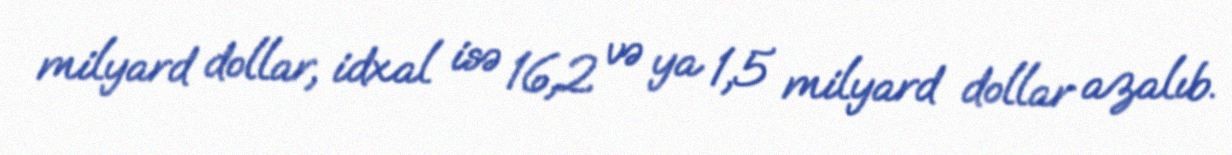
milyard dollar, idxal isə 16,2 və ya 1,5 milyard dollar azalıb.